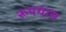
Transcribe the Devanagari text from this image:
रूपयास